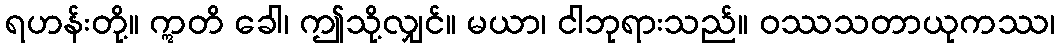
ရဟန်းတို့။ ဣတိ ခေါ၊ ဤသို့လျှင်။ မယာ၊ ငါဘုရားသည်။ ဝဿသတာယုကဿ၊